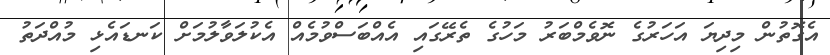
އެގޮތުން މިދިޔަ އަހަރުގެ ނޮވެމްބަރު މަހުގެ ތެރޭގައި އެއްބަސްވުމެއް އެކުލަވާލުމަށް ކަނޑައެޅި މުއްދަތު